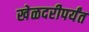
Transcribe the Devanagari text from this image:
खेळदरीपर्यंत